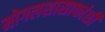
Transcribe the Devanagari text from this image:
मोगलशासाकांशी